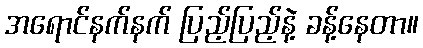
အရောင်နက်နက် ပြည့်ပြည့်နဲ့ ခန့်နေတာ။